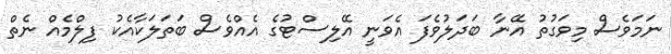
ނަމަވެސް މިވަގުތު އޭނާ ބަދަލުވެފަ އެވަނީ އޭލިސްޓުގެ އެއްވެސް ބަތަލަކާއެކު ފިލްމެއް ނެތް